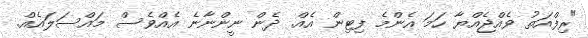
"ރިފްއަތު ވެއްޖެއްޔާ ހަމަ އެންމެ ފިޓިން އެއް. ދެން ނީންނާނެ އެއްވެސް މައްސަލައެއް.